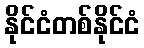
နိုင်ငံတစ်နိုင်ငံ